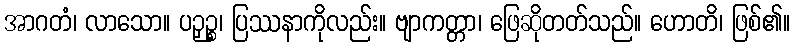
အာဂတံ၊ လာသော။ ပဉှဉ္စ၊ ပြဿနာကိုလည်း။ ဗျာကတ္တာ၊ ဖြေဆိုတတ်သည်။ ဟောတိ၊ ဖြစ်၏။